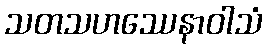
သတသဟဿေနာဝါသံ